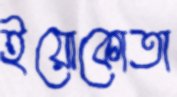
ইয়োকোতা